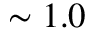
\sim 1 . 0